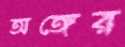
অঙ্গের